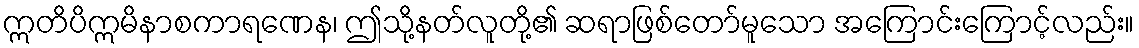
ဣတိပိဣမိနာစကာရဏေန၊ ဤသို့နတ်လူတို့၏ ဆရာဖြစ်တော်မူသော အကြောင်းကြောင့်လည်း။